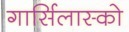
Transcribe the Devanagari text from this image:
गार्सिलास्को